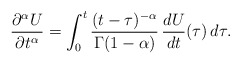
\begin{align*}\frac{\partial^{\alpha} U}{\partial t^{\alpha}} = \int_0^t \frac{(t-\tau)^{-\alpha}}{\Gamma(1-\alpha)}\,\frac{dU}{dt}(\tau)\,d\tau.\end{align*}